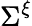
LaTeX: \Sigma^{\xi}